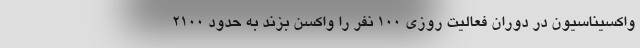
واکسیناسیون در دوران فعالیت روزی ۱۰۰ نفر را واکسن بزند به حدود ۲۱۰۰